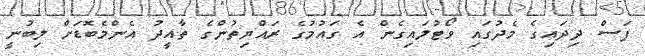
ފަސް ދިދައިގެ މެދުގައި ވޯޓުލައިގެން އެ ގައުމުގެ ރައްޔިތުންގެ ތާއީދު އެންމެބޮޑަށް ލިބުނީ